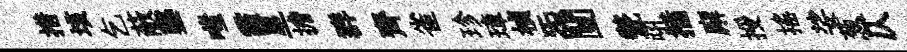
措垓乞蔽鑿嗤霾星擔群齊雀珍璋楨炁闉甃吼插廨授揺娑葱仄